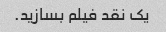
یک نقد فیلم بسازید.